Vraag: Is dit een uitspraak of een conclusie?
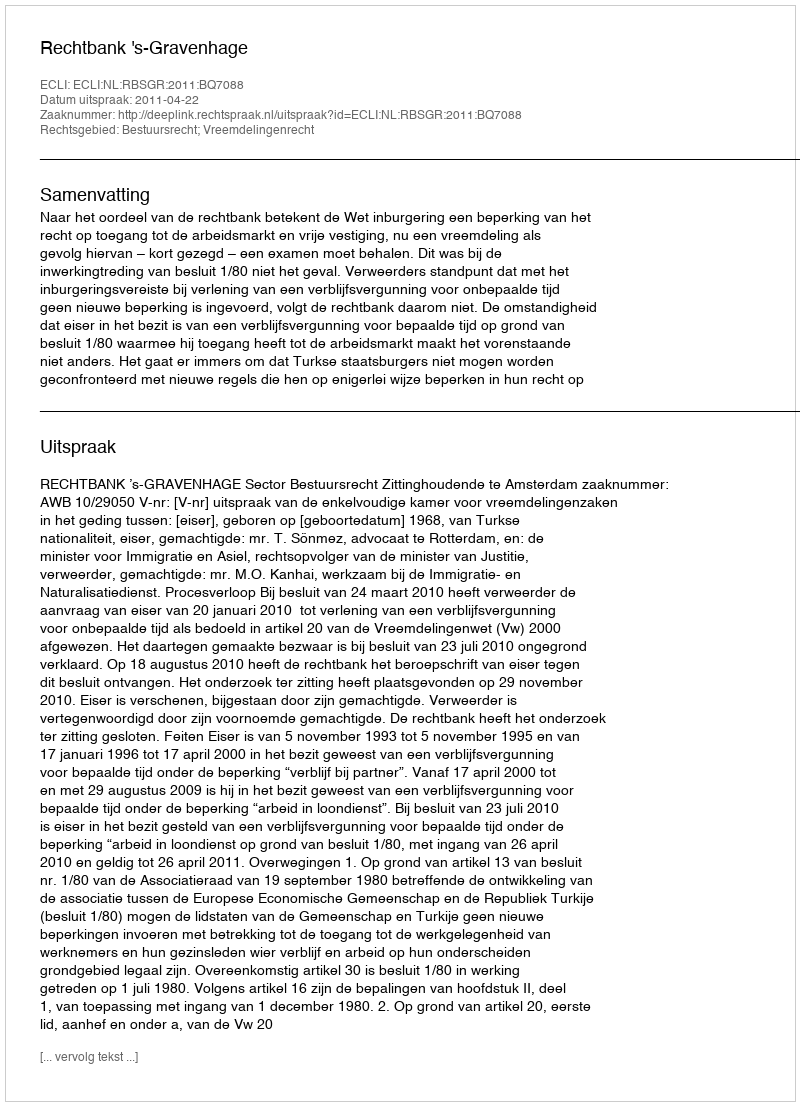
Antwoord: Uitspraak